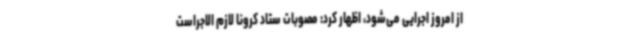
از امروز اجرایی می‌شود، اظهار کرد: مصوبات ستاد کرونا لازم الاجراست